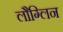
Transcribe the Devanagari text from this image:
लौग्लिन